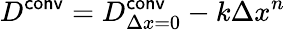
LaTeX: D^{\mathsf{conv}}=D_{\Delta x=0}^{\mathsf{conv}}-k\Delta x^{n}